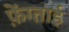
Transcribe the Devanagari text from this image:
फ़ेंग्ताई